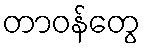
တာဝန်တွေ